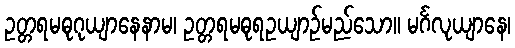
ဥတ္တရမဓုဂုယျာနေနာမ၊ ဥတ္တရမဓုရဥယျာဉ်မည်သော။ မင်္ဂလုယျာနေ၊